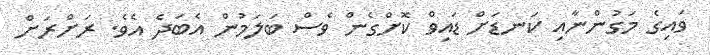
ވައިގެ މަގުންނާއި ކަނޑަށް ޑައިވް ކޮށްގެން ވެސް ބަލަމުން އެބަދެ އެވެ. ރަށްރަށް